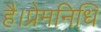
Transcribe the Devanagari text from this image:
है।प्रेमनिधि